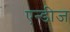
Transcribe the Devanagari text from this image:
एन्डीज